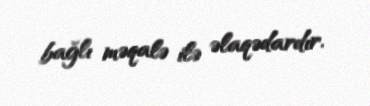
bağlı məqalə ilə əlaqədardır.